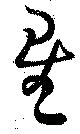
星